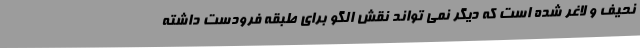
نحیف و لاغر شده است که دیگر نمی تواند نقش الگو برای طبقه فرودست داشته